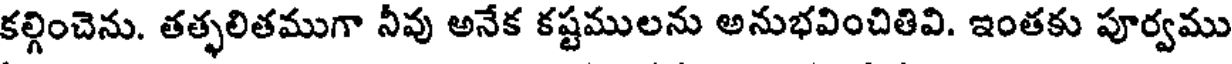
కల్గించెను. తత్ఫలితముగా నీవు అనేక కష్టములను అనుభవించితివి. ఇంతకు పూర్వము